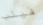
فيلب